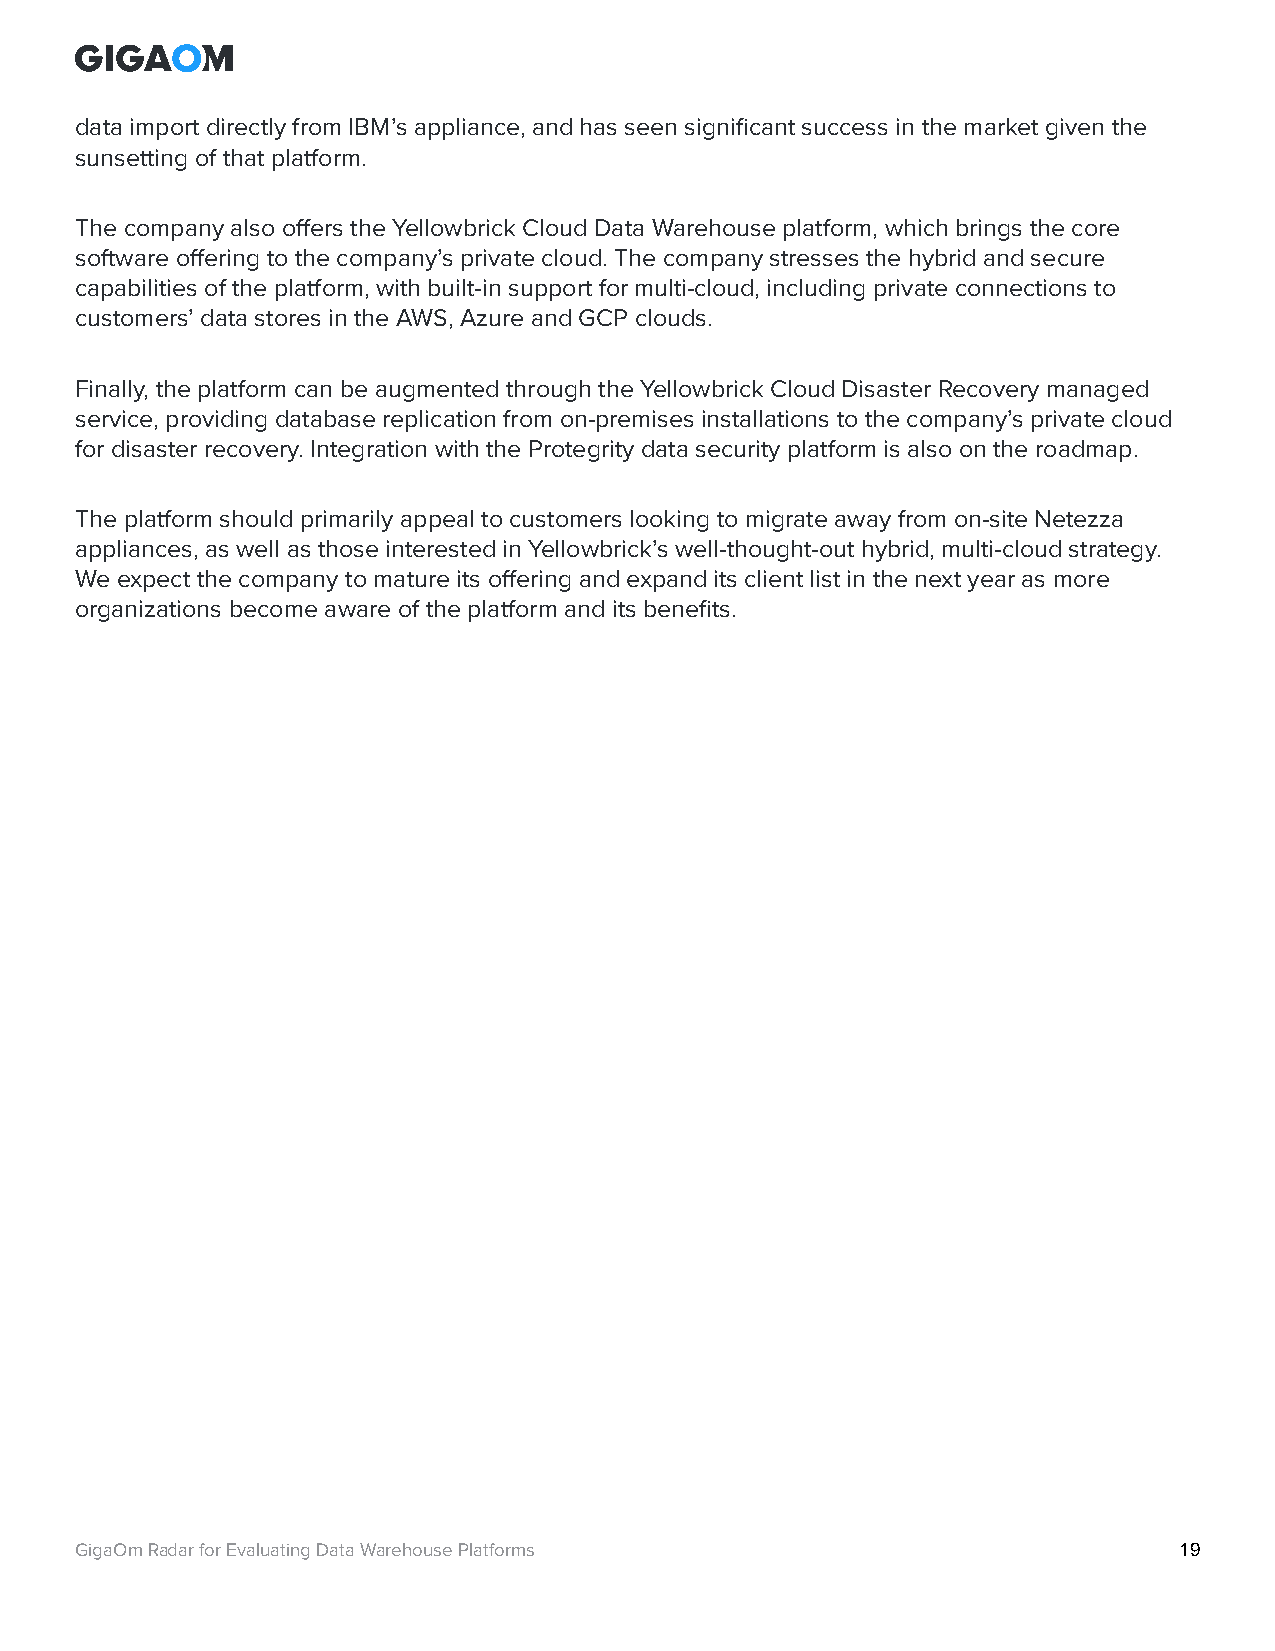
data import directly from IBM’s appliance, and has seen significant success in the market given the
 sunsetting of that platform.
 The company also offers the Yellowbrick Cloud Data Warehouse platform, which brings the core
 software offering to the company’s private cloud. The company stresses the hybrid and secure
 capabilities of the platform, with built-in support for multi-cloud, including private connections to
 customers’ data stores in the AWS, Azure and GCP clouds.
 Finally, the platform can be augmented through the Yellowbrick Cloud Disaster Recovery managed
 service, providing database replication from on-premises installations to the company’s private cloud
 for disaster recovery. Integration with the Protegrity data security platform is also on the roadmap.
 The platform should primarily appeal to customers looking to migrate away from on-site Netezza
 appliances, as well as those interested in Yellowbrick’s well-thought-out hybrid, multi-cloud strategy.
 We expect the company to mature its offering and expand its client list in the next year as more
 organizations become aware of the platform and its benefits.
 GigaOm Radar for Evaluating Data Warehouse Platforms                     19